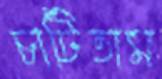
চাটিতাম